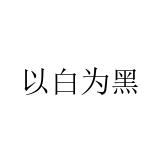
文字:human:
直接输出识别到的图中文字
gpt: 以白为黑